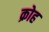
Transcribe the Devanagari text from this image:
क्रोह